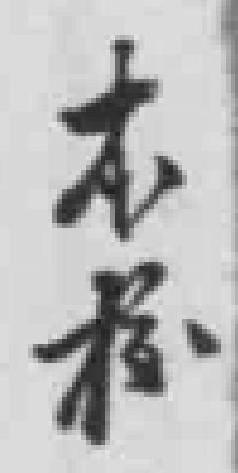
本校